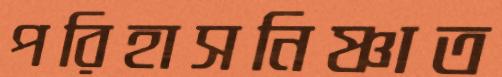
পরিহাসনিষ্ণাত